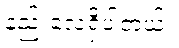
နည်းလေ့ရှိပါတယ်။